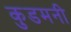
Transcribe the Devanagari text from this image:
कुडमनी